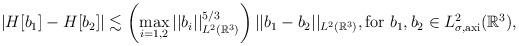
LaTeX: \begin{align*}\left|H[b_1]-H[b_2]\right|&\lesssim \left(\max_{i=1,2} ||b_i||_{L^{2}(\mathbb{R}^{3}) } ^{5/3}\right) ||b_1-b_2||_{L^{2}(\mathbb{R}^{3}) }, \textrm{for}\ b_1,b_2\in L^{2}_{\sigma,\textrm{axi}}(\mathbb{R}^{3}),\end{align*}